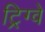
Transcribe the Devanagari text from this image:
ट्रिग्वे